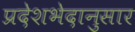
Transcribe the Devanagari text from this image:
प्रदेशभेदानुसार